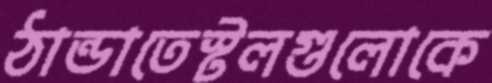
ঠান্ডাতেস্টলগুলোকে